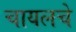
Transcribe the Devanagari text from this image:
चायलचे